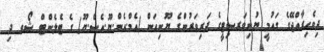
ދިވެހިރާއްޖޭގެ ގައުމީ ޔުނިވަރސިޓީގެ ދަރިވަރުންގެ ޔޫނިއަން (އެމް.އެން.ޔޫ.އެސް.ޔޫ) ގެ ޓެލެންޓް ޝޯވ ދި